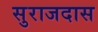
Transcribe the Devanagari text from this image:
सुराजदास